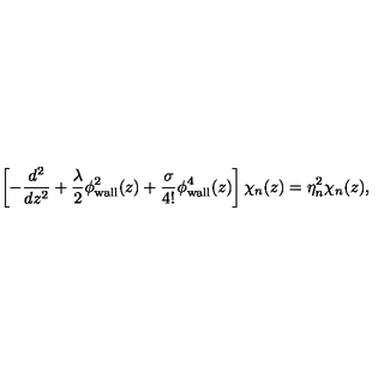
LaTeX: \left[ - \frac { d ^ { 2 } } { d z ^ { 2 } } + \frac { \lambda } { 2 } \phi _ { \mathrm { w a l l } } ^ { 2 } ( z ) + \frac { \sigma } { 4 ! } \phi _ { \mathrm { w a l l } } ^ { 4 } ( z ) \right] \chi _ { n } ( z ) = \eta _ { n } ^ { 2 } \chi _ { n } ( z ) ,